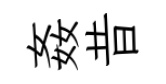
姦昔